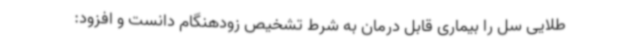
طلایی سل را بیماری قابل درمان به شرط تشخیص زودهنگام دانست و افزود: